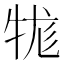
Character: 牻